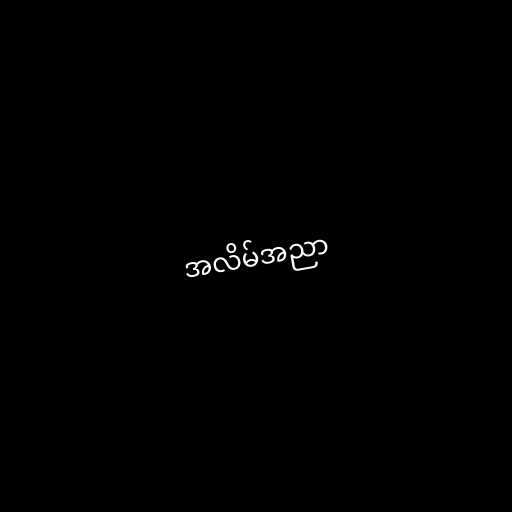
အလိမ်အညာ